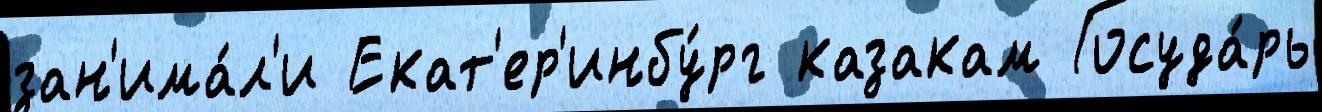
зан'има́л'и Екат'ер'инбу́рг казакам Госуда́рь